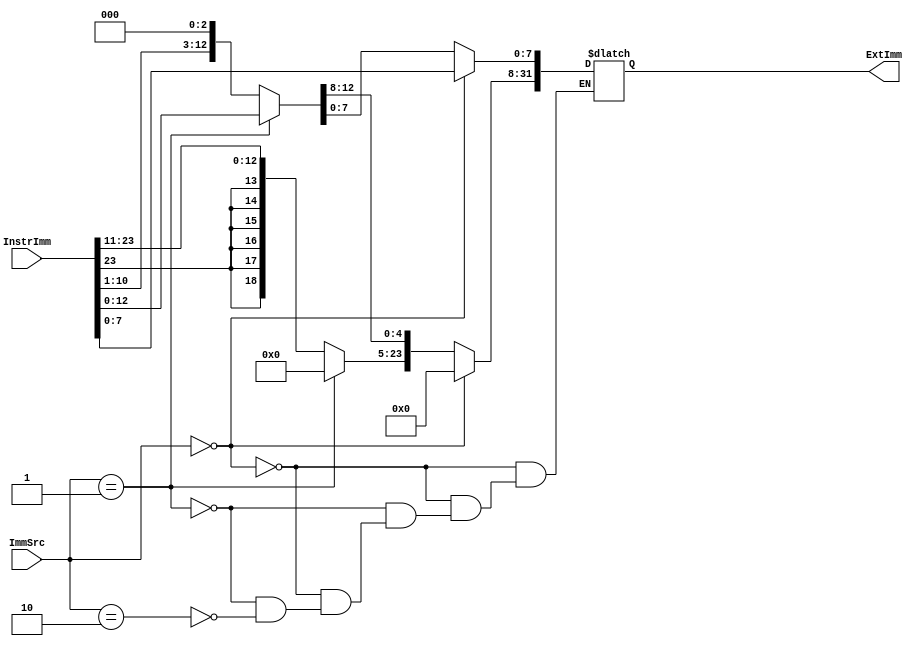
module Extend(
    input [1:0] ImmSrc,
    input [23:0] InstrImm,
    output reg [31:0] ExtImm
    );  
    

always@(*)begin
    if(ImmSrc==2'b00)begin
       ExtImm[31:8] = 24'b0;
       ExtImm[7:0] = InstrImm[7:0];
    end
    else if(ImmSrc==2'b01)begin
       ExtImm[31:12] = 20'b0;
       ExtImm[12:0] = InstrImm[12:0];
    end
    else if(ImmSrc==2'b10)begin
       ExtImm[31:26] = {InstrImm[23],InstrImm[23],InstrImm[23],InstrImm[23],InstrImm[23],InstrImm[23]};
       ExtImm[25:2] = InstrImm[23:0];
       ExtImm[2:0] = 2'b00;
    end
end
endmodule